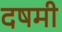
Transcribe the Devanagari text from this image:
दषमी